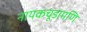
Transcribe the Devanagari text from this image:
नायकचूडामणि